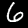
Label: 6